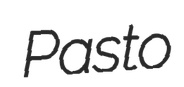
Pasto